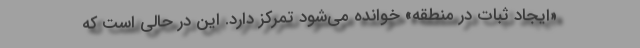
«ایجاد ثبات در منطقه» خوانده می‌شود تمرکز دارد. این در حالی است که